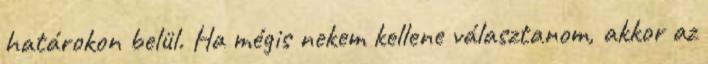
határokon belül. Ha mégis nekem kellene választanom, akkor az